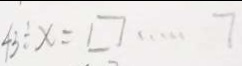
4 3 \div x = \square \cdots 7